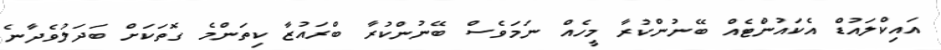
އައިކްލައުޑް އެކައުންޓެއް ބޭނުންކުރާ މީހެއް ނަމަވެސް ބޭނުންކުރާ ބްރައުޒާ ކިތަންމެ ގޮތަކަށް ބަދަލުވެދާނެ